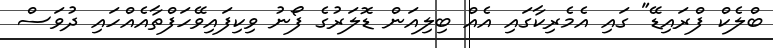
ބްލެކް ފްރައިޑޭ" ގައި އެމެރިކާގައި އެއް ބިލިއަން ޑޮލަރުގެ ފޯނު ވިކިފައިވޭހަފްތާއެއްހައި ދުވަސް